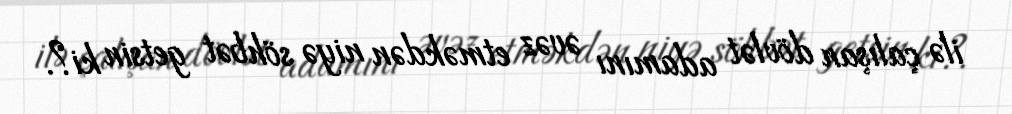
ilə çalışan dövlət adamını əvəz etməkdən niyə söhbət getsin ki?.